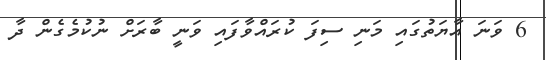
6 ވަނަ އާޔަތުގައި މަނި ސިފަ ކުރައްވާފައި ވަނީ ބާރަށް ނުކުމެގެން ދާ